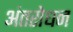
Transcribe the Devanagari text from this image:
अंतरोधन